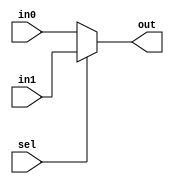
module twoway_16bit_mux(in0,in1,sel,out);

input sel;
input [15:0] in0,in1;
output reg [15:0] out;

always @(*)
case	(sel)
	'd0 :	out = in0;
	default	out = in1;
endcase


endmodule